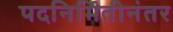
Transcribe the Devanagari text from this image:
पदनिर्मितीनंतर